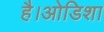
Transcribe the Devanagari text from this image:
है।ओडिशा